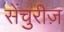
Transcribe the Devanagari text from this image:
सेंचुरीज़